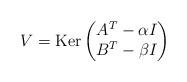
LaTeX: \begin{align*}V = \hbox{Ker}\begin{pmatrix}A^T-\alpha I\\B^T-\beta I\end{pmatrix}\end{align*}